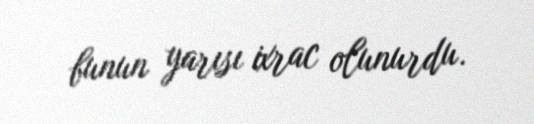
bunun yarısı ixrac olunurdu.